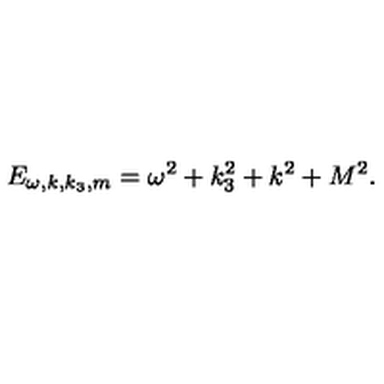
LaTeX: E _ { \omega , k , k _ { 3 } , m } = \omega ^ { 2 } + k _ { 3 } ^ { 2 } + k ^ { 2 } + M ^ { 2 } .